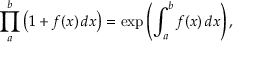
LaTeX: \prod _ { a } ^ { b } { \big ( } 1 + f ( x ) \, d x { \big ) } = \exp \left( \int _ { a } ^ { b } f ( x ) \, d x \right) ,